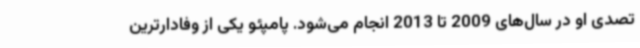
تصدی او در سال‌های 2009 تا 2013 انجام می‌شود. پامپئو یکی از وفادارترین